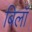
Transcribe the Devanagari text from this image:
बिलॉ